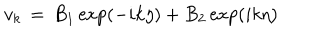
v _ { k } \, = \, B _ { 1 } \exp ( - i k \eta ) + B _ { 2 } \exp ( i k \eta )